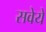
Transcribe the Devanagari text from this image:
सवेये